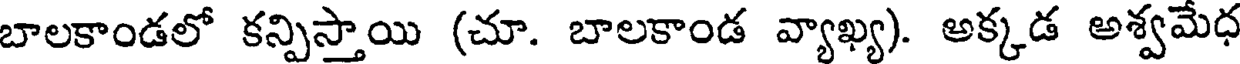
బాలకాండలో కన్పిస్తాయి (చూ. బాలకాండ వ్యాఖ్య). అక్కడ అశ్వమేధ